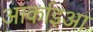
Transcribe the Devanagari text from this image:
आर्काइआ